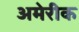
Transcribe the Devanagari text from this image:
अमेरीक